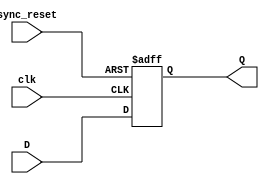


module RisingEdge_DFlipFlop_SyncReset(D,clk,sync_reset,Q);
input D;
input clk;
input sync_reset;
output reg Q;
always @(posedge clk or posedge sync_reset)
begin
 if (sync_reset==1'b1)
   Q <= 1'b0;
 else
   Q <= D;
end
endmodule